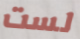
لست